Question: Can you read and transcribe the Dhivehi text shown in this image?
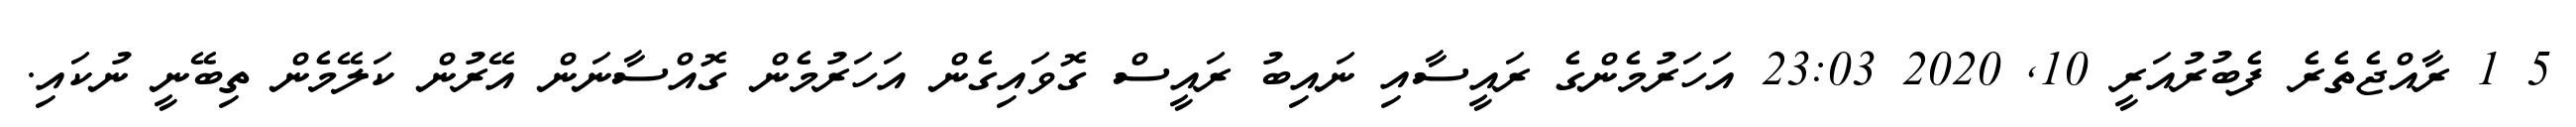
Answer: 5 1 ރާއްޖެތެރެ ފެބުރުއަރީ 10, 2020 23:03 އަހަރުމެންގެ ރައީސާއި ނައިބު ރައީސް ގޮވައިގެން އަހަރުމެން ގޮއްސާނަން އޭރުން ކަލޭމެން ތިބޭނީ ނުކައި.